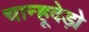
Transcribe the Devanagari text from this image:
चान्हूदेड़ो